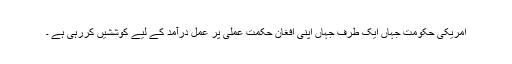
امریکی حکومت جہاں ایک طرف جہاں اپنی افغان حکمت عملی پر عمل درآمد کے لیے کوششیں کررہی ہے ۔